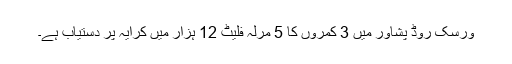
ورسک روڈ پشاور میں 3 کمروں کا 5 مرلہ فلیٹ 12 ہزار میں کرایہ پر دستیاب ہے۔